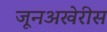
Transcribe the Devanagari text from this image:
जूनअखेरीस